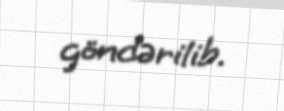
göndərilib.